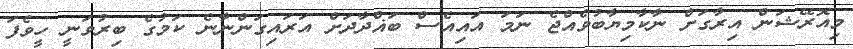
މިއޮރޭޝަން އިރާގަށް ނާކާމިޔާބުވެއްޖެ ނަމަ އައިއެސް ބަޣްދާދަށް އަރައިގަންނާނެ ކަމުގެ ބިރުވަނީ ހީވެފަ